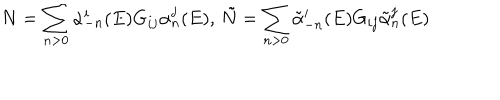
LaTeX: N = \sum _ { n > 0 } \alpha _ { - n } ^ { i } ( E ) G _ { i j } \alpha _ { n } ^ { j } ( E ) , \, \tilde { N } = \sum _ { n > 0 } \tilde { \alpha } _ { - n } ^ { i } ( E ) G _ { i j } \tilde { \alpha } _ { n } ^ { j } ( E )